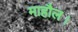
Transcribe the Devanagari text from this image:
माहौल।